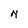
Character: N